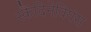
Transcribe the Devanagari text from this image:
स्कैंदिनेवियंस